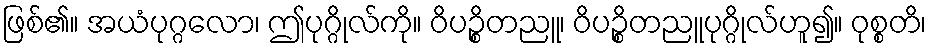
ဖြစ်၏။ အယံပုဂ္ဂလော၊ ဤပုဂ္ဂိုလ်ကို။ ဝိပဉ္စိတညူ၊ ဝိပဉ္စိတညူပုဂ္ဂိုလ်ဟူ၍။ ဝုစ္စတိ၊